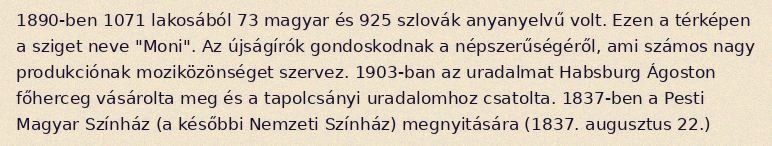
1890-ben 1071 lakosából 73 magyar és 925 szlovák anyanyelvű volt. Ezen a térképen a sziget neve "Moni". Az újságírók gondoskodnak a népszerűségéről, ami számos nagy produkciónak moziközönséget szervez. 1903-ban az uradalmat Habsburg Ágoston főherceg vásárolta meg és a tapolcsányi uradalomhoz csatolta. 1837-ben a Pesti Magyar Színház (a későbbi Nemzeti Színház) megnyitására (1837. augusztus 22.)